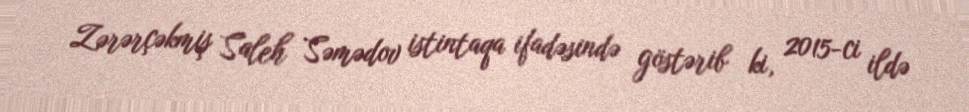
Zərərçəkmiş Saleh Səmədov istintaqa ifadəsində göstərib ki, 2015-ci ildə